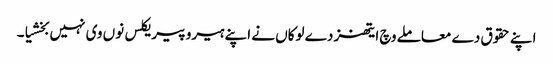
اپنے حقوق دے معاملے وچ ایتھنز دے لوکاں نے اپنے ہیرو پیریکلس نوں وی نہیں بخشیا۔